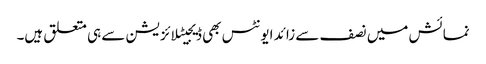
نمائش میں نصف سے زائد ایونٹس بھی ڈیجیٹلائزیشن سے ہی متعلق ہیں۔